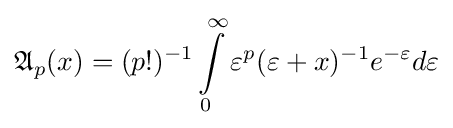
{\mathfrak {A}}_{p}(x)=(p!)^{-1}\int \limits _{0}^{\infty }{\varepsilon ^{p}(\varepsilon +x})^{-1}e^{-\varepsilon }d\varepsilon